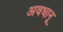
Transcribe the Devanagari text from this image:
अवधानू